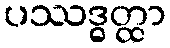
ပဿဒ္ဓတ္ထာ